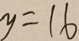
y = 1 6